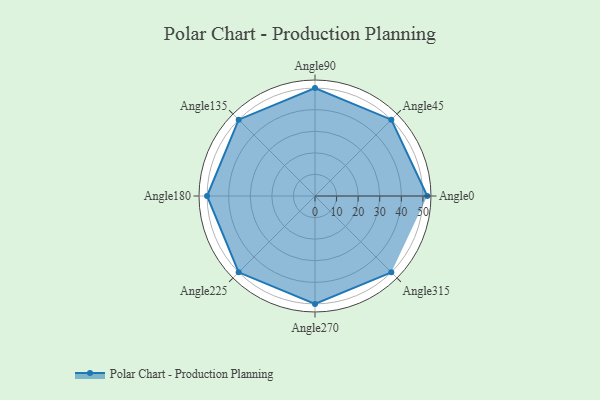
{"axis": {"x": "Angle", "y": "Radius"}, "legend": [""], "data": [{"x": "Angle0", "y": 52.0, "type": ""}, {"x": "Angle45", "y": 50, "type": ""}, {"x": "Angle90", "y": 50, "type": ""}, {"x": "Angle135", "y": 50, "type": ""}, {"x": "Angle180", "y": 50, "type": ""}, {"x": "Angle225", "y": 50, "type": ""}, {"x": "Angle270", "y": 50, "type": ""}, {"x": "Angle315", "y": 50, "type": ""}]}